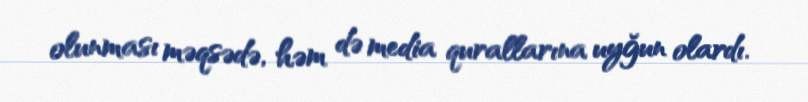
olunması məqsədə, həm də media qurallarına uyğun olardı.